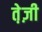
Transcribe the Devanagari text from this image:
ते़ज़ी